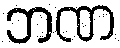
ဘဏ